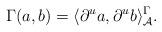
LaTeX: \begin{gather*}\Gamma(a, b)=\langle{\partial}^u a, {\partial}^u b\rangle_{\mathcal A}^\Gamma.\end{gather*}